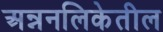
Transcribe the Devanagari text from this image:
अन्ननलिकेतील